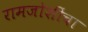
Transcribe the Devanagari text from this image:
रामजोशींचा